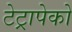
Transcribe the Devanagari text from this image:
टेट्रापेको